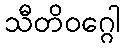
သီတိဝဂ္ဂေါ